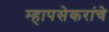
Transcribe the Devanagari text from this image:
म्हापसेकरांचे